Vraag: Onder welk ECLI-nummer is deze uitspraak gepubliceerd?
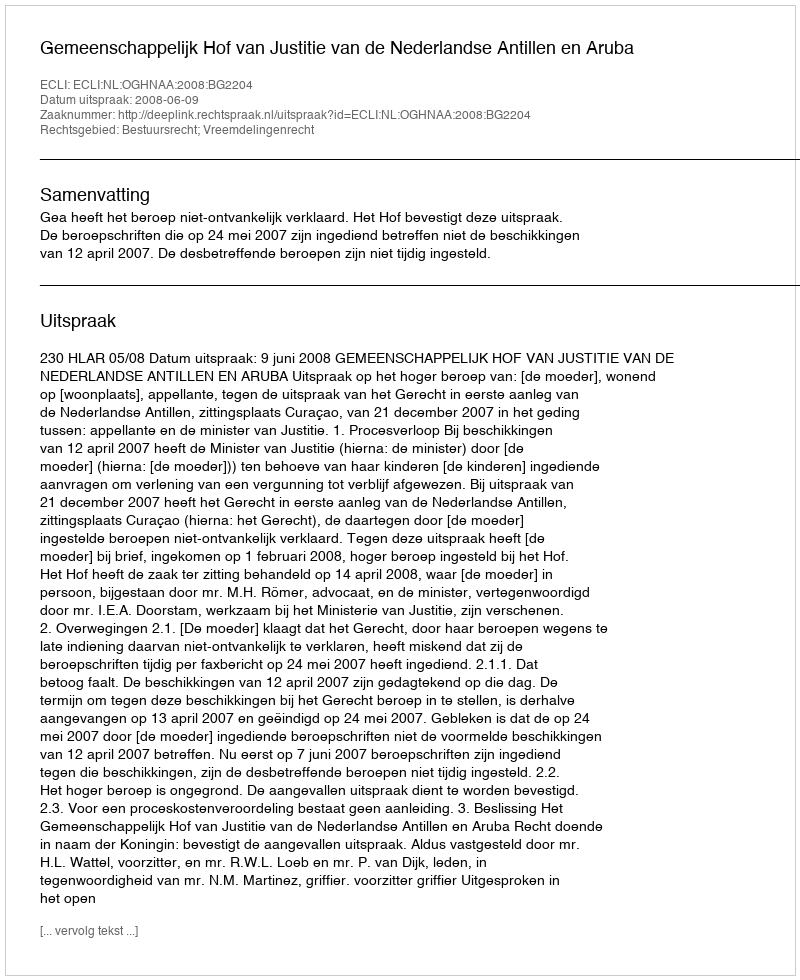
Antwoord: ECLI:NL:OGHNAA:2008:BG2204